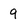
Character: 9